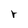
Character: r